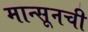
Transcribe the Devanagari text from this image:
मान्सूनची